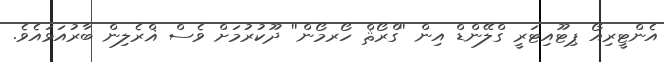
އެންޓީރިއޯ ޕިޓޫއިޓަރީ ގްލޭންޑް އިން ''ގްރޯޘް ހޯރމޯން'' ދޫކުރުމަށް ވެސް ޣްރެލިން ބާރުއަޅައެވެ.